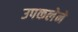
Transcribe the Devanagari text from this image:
उपकलेने